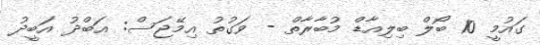
ގައުމީ 10 ބޯލް ބިލިއާޑް މުބާރާތް - ވަގުތު އިމޭޖަސް: އަބްދު އަބީދު